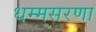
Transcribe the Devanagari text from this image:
धम्मसरणा